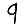
Digit: 9